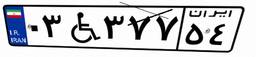
۹۹W۰۱۰۱۹